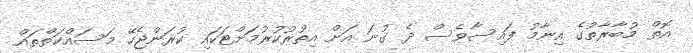
އޮތް މުބާރާތުގެ އިނާމު ފައިސާވެސް ދެ ގުނަ އަށް އިތުރުކުރުމަށްޓަކައި ކުރަންޖެހޭ މަސައްކަތްތައް